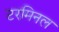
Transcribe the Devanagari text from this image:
टरमिनल